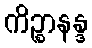
ကိဉ္စာနန္ဒ